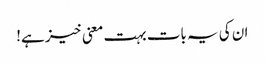
ان کی یہ بات بہت معنی خیز ہے!